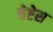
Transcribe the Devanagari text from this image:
चेष्टेस